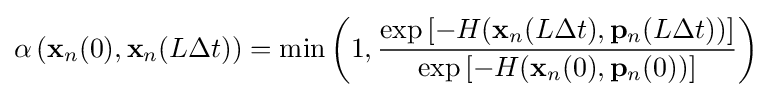
\alpha \left(\mathbf {x} _{n}(0),\mathbf {x} _{n}(L\Delta t)\right)={\text{min}}\left(1,{\dfrac {\exp \left[-H(\mathbf {x} _{n}(L\Delta t),\mathbf {p} _{n}(L\Delta t))\right]}{\exp \left[-H(\mathbf {x} _{n}(0),\mathbf {p} _{n}(0))\right]}}\right)